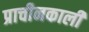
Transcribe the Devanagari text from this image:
प्राचीनकाली